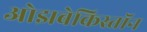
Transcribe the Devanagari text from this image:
ओझबेकिस्तॉन